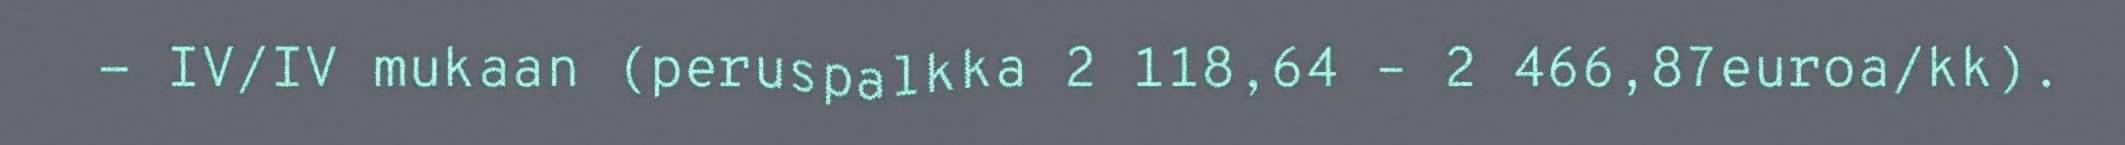
- IV/IV mukaan (peruspalkka 2 118,64 – 2 466,87euroa/kk).